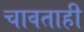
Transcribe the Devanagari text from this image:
चावताही